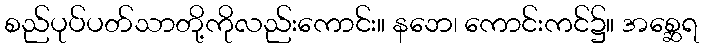
စည်ပုပ်ပတ်သာတို့ကိုလည်းကောင်း။ နဘေ၊ ကောင်းကင်၌။ အစ္ဆေရ